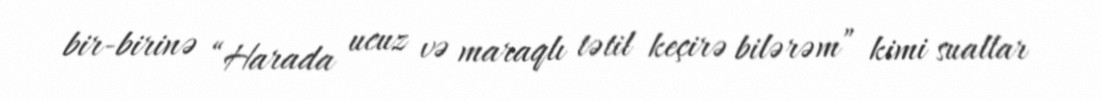
bir-birinə “Harada ucuz və maraqlı tətil keçirə bilərəm” kimi suallar